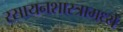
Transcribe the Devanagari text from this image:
रसायनशास्त्रामध्ये